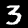
Digit: 3